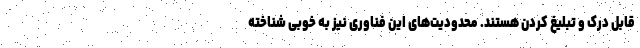
قابل درک و تبلیغ کردن هستند. محدودیت‌های این فناوری نیز به خوبی شناخته